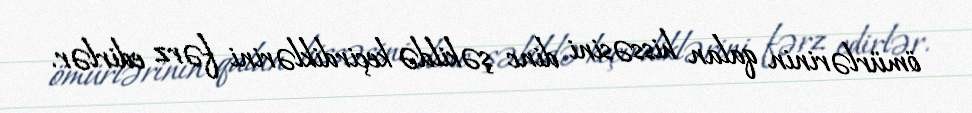
ömürlərinin qalan hissəsini dinc şəkildə keçirdiklərini fərz edirlər.